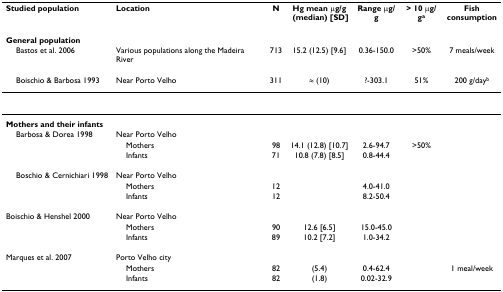
<table><thead><tr><td><b>Studied population</b></td><td><b>Location</b></td><td><b>N</b></td><td><b>Hg mean μg/g(median) [SD]</b></td><td><b>Range μg/g</b></td><td><b>&gt; 10 μg/g<sup>a</sup></b></td><td><b>Fish consumption</b></td></tr></thead><tbody><tr><td><b>General population</b></td><td></td><td></td><td></td><td></td><td></td><td></td></tr><tr><td> Bastos et al. 2006</td><td>Various populations along the Madeira River</td><td>713</td><td>15.2 (12.5) [9.6]</td><td>0.36-150.0</td><td>&gt;50%</td><td>7 meals/week</td></tr><tr><td> Boischio &amp; Barbosa 1993</td><td>Near Porto Velho</td><td>311</td><td>≈ (10)</td><td>?-303.1</td><td>51%</td><td>200 g/day<sup>b</sup></td></tr><tr><td><b>Mothers and their infants</b></td><td></td><td></td><td></td><td></td><td></td><td></td></tr><tr><td> Barbosa &amp; Dorea 1998</td><td>Near Porto Velho</td><td></td><td></td><td></td><td></td><td></td></tr><tr><td></td><td> Mothers</td><td>98</td><td>14.1 (12.8) [10.7]</td><td>2.6-94.7</td><td>&gt;50%</td><td></td></tr><tr><td></td><td> Infants</td><td>71</td><td>10.8 (7.8) [8.5]</td><td>0.8-44.4</td><td></td><td></td></tr><tr><td> Boschio &amp; Cernichiari 1998</td><td>Near Porto Velho</td><td></td><td></td><td></td><td></td><td></td></tr><tr><td></td><td> Mothers</td><td>12</td><td></td><td>4.0-41.0</td><td></td><td></td></tr><tr><td></td><td> Infants</td><td>12</td><td></td><td>8.2-50.4</td><td></td><td></td></tr><tr><td>Boischio &amp; Henshel 2000</td><td>Near Porto Velho</td><td></td><td></td><td></td><td></td><td></td></tr><tr><td></td><td> Mothers</td><td>90</td><td>12.6 [6.5]</td><td>15.0-45.0</td><td></td><td></td></tr><tr><td></td><td> Infants</td><td>89</td><td>10.2 [7.2]</td><td>1.0-34.2</td><td></td><td></td></tr><tr><td>Marques et al. 2007</td><td>Porto Velho city</td><td></td><td></td><td></td><td></td><td></td></tr><tr><td></td><td> Mothers</td><td>82</td><td>(5.4)</td><td>0.4-62.4</td><td></td><td>1 meal/week</td></tr><tr><td></td><td> Infants</td><td>82</td><td>(1.8)</td><td>0.02-32.9</td><td></td><td></td></tr></tbody></table>